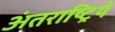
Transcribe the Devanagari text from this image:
अंतराष्ट्रिये